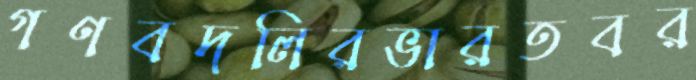
গণবদলিরভারতবর